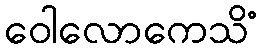
ဝေါလောကေသိံ